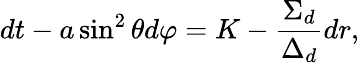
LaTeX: dt-a\sin^{2}\theta d\varphi=K-\frac{\Sigma_{d}}{\Delta_{d}}dr,